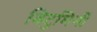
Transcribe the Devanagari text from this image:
विटुमिनी